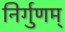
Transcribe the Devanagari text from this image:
निर्गुणम्